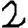
Digit: 2